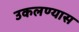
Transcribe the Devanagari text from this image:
उकलण्यास